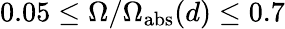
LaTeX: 0.05\leq\Omega/\Omega_{\mathrm{abs}}(d)\leq 0.7